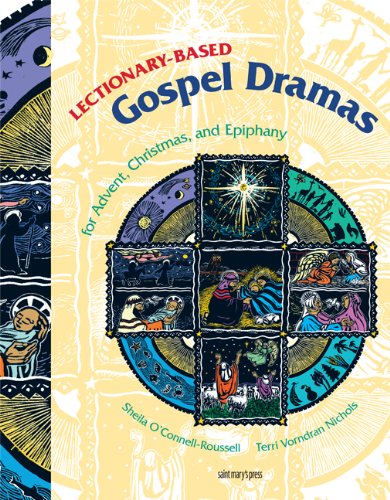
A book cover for Lectionary-Based Gospel Dramas for Advent, Christmas, and Epiphany; Sheila O'Connell-Roussell; Literature & Fiction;